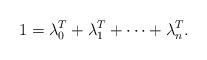
LaTeX: \begin{align*} 1 = \lambda^T_0 + \lambda^T_1 + \dots + \lambda^T_n .\end{align*}